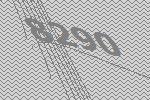
8290